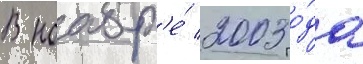
В ноабр'е́ 2003 го́да